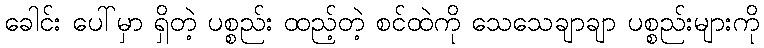
ခေါင်း ပေါ်မှာ ရှိတဲ့ ပစ္စည်း ထည့်တဲ့ စင်ထဲကို သေသေချာချာ ပစ္စည်းများကို